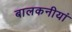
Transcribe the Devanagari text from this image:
बालकनीयां